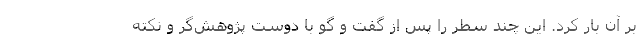
بر آن بار کرد. این چند سطر را پس از گفت و گو با دوست پژوهش‌گر و نکته